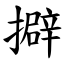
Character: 擗